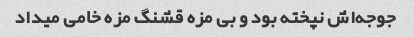
جوجه‌اش نپخته بود و بی مزه قشنگ مزه خامی میداد